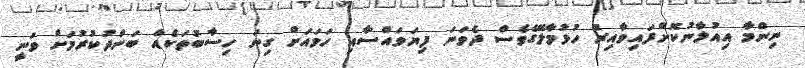
ނިންމާ އިއުލާނުކޮށްފައިވާއިރު ހުޅުމާލޭގެވެސް ދެވަނަ ފިޔަވައްސާއި ހަމައަށް ގިނަ ހިސާބުތަކެއް ބަންދުކުރުމަށް ވަނީ